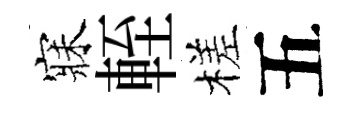
寐輊槎五